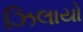
ઝિલાયો